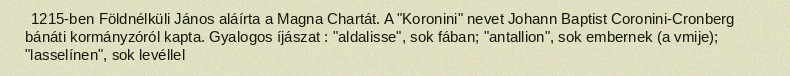
1215-ben Földnélküli János aláírta a Magna Chartát. A "Koronini" nevet Johann Baptist Coronini-Cronberg bánáti kormányzóról kapta. Gyalogos íjászat : "aldalisse", sok fában; "antallion", sok embernek (a vmije); "lasselínen", sok levéllel